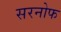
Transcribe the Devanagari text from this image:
सरनोफ